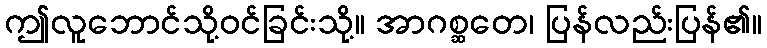
ဤလူဘောင်သို့ဝင်ခြင်းသို့။ အာဂစ္ဆတေ၊ ပြန်လည်းပြန်၏။